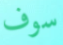
سوف